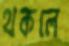
থকলে